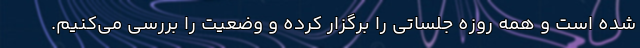
شده است و همه روزه جلساتی را برگزار کرده و وضعیت را بررسی می‌کنیم.